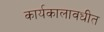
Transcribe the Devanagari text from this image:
कार्यकालावधीत